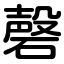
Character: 磬